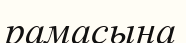
рамасына